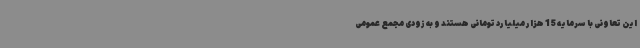
این تعاونی با سرمایه 15 هزار میلیارد تومانی هستند و به زودی مجمع عمومی